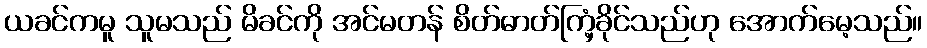
ယခင်ကမူ သူမသည် မိခင်ကို အင်မတန် စိတ်ဓာတ်ကြံ့ခိုင်သည်ဟု အောက်မေ့သည်။